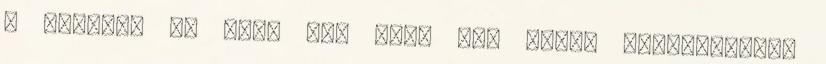
a fenébe, de arra is, hogy nem fogok meghátrálni.